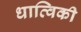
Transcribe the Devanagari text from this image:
धात्विकी